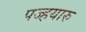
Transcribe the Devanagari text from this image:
पज्हयारु